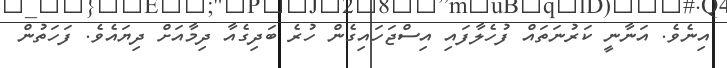
އިނެވެ. އަނާނީ ކަރުނަތައް ފުހެލާފައި އިސްޖަހައިގެން ހުރެ ބަދިގެއާ ދިމާއަށް ދިޔައެވެ. ފަހަތުން